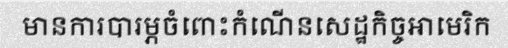
មានការបារម្ភចំពោះកំណើនសេដ្ឋកិច្ចអាមេរិក